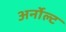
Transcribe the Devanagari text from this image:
अर्नोल्ट